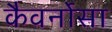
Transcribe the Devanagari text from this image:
कैवर्नोसा